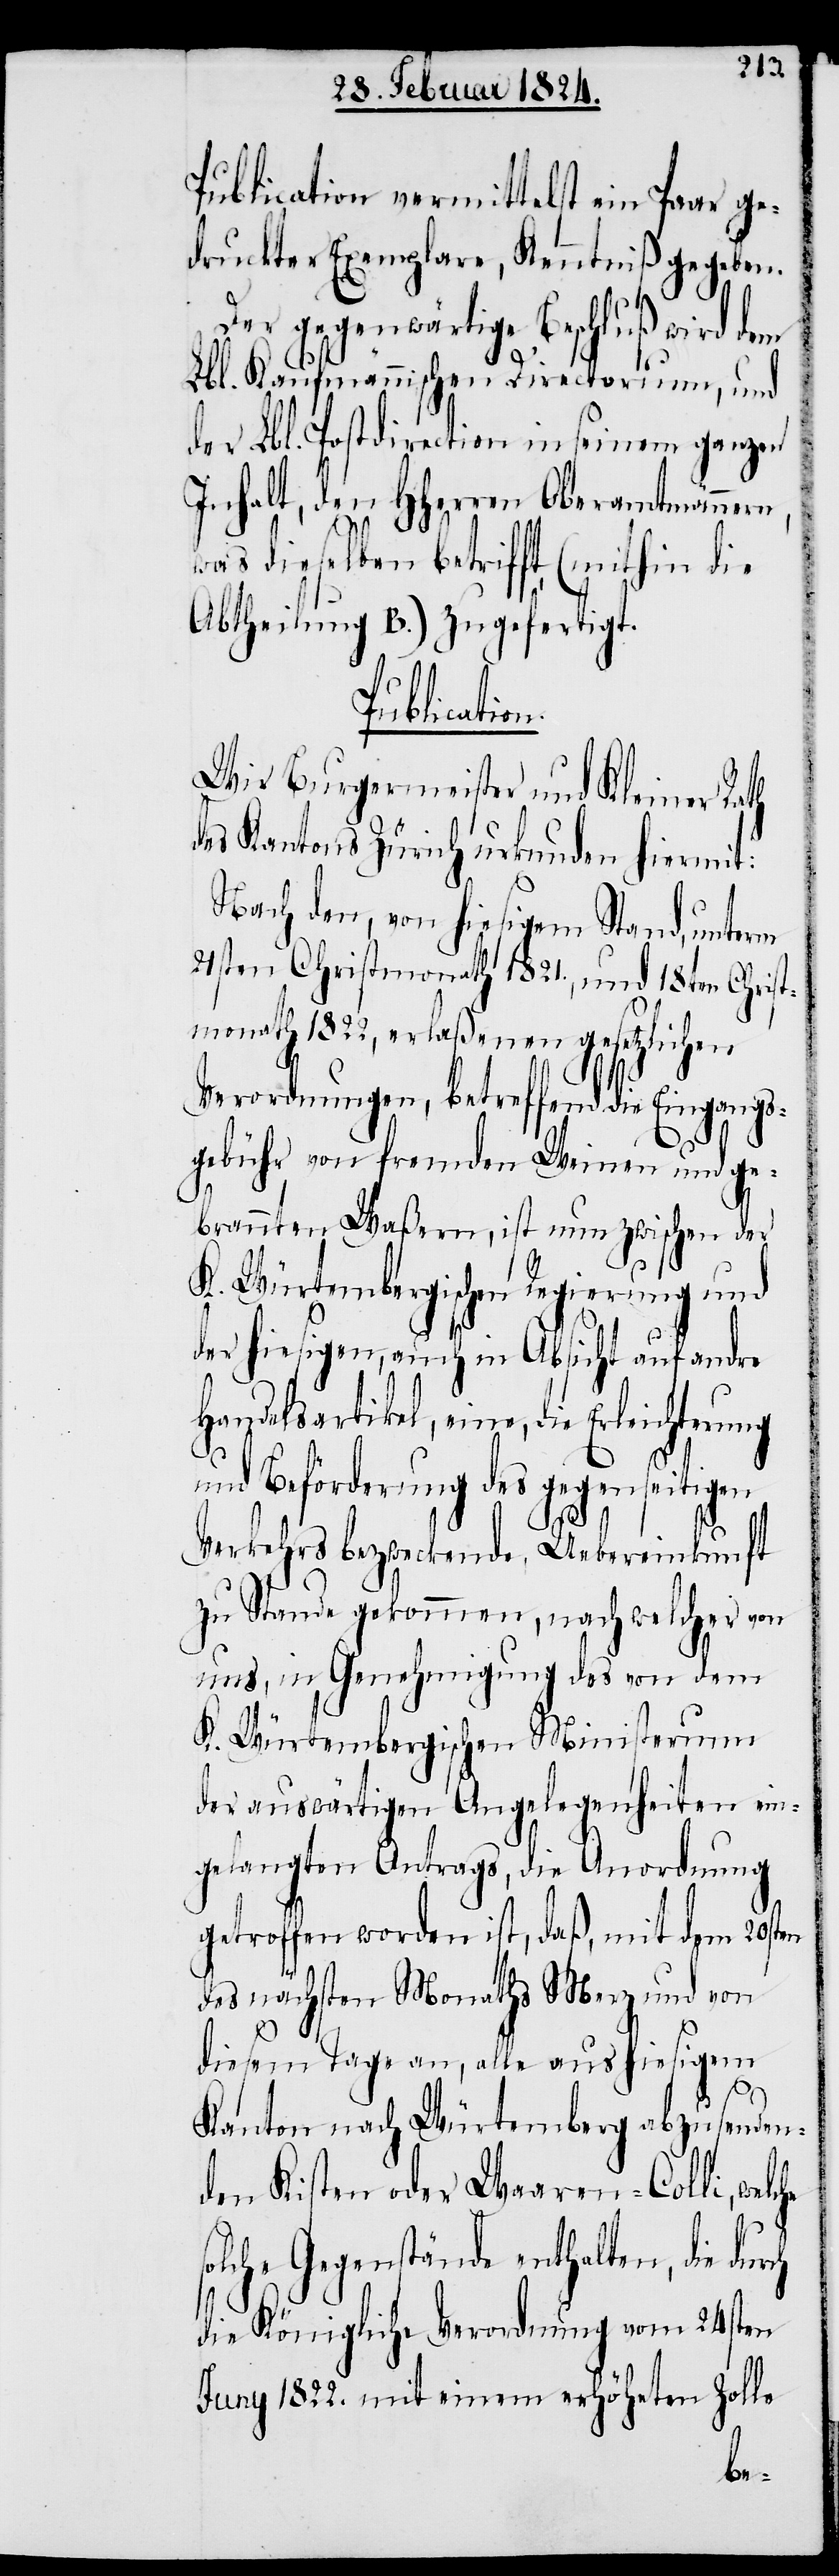
Publication vermittelst ein Paar ge¬
druckter Exemplare, Kenntniß gegeben.
s¬
Der gegenwärtige Beschluß wird dem
Lbl. Kaufmännischen Directorium, und
der Lbl. Postdirection in seinem ganzen
Inhalt, den HHerren Oberamtmännern,
was dieselben betrifft (mithin die
Abtheilung B.) zugefertigt.
Publication.
Wir Burgermeister und Kleiner Rath
des Kantons Zürich urkunden hiermit:
Nach den, von hiesigem Stand, unterm
21sten Christmonath 1821., und 18ten Christ¬
monath 1822, erlaßenen gesetzlichen
Verordnungen, betreffend die Eingangs¬
gebühr von fremden Weinen und ge¬
brannten Waßern, ist nun zwischen der
K. Würtembergischen Regierung und
der hiesigen, auch in Absicht auf andre
Handelsartikel, eine, die Erleichter¬
und Beförderung des gegenseitigen
Verkehrs bezweckende, Uebereinkunft
zu Stande gekommen, nach welcher von
uns, in Genehmigung des von dem
K. Würtembergischen Ministerium
der auswärtigen Angelegenheiten ein¬
gelangten Antrags, die Anordnung
getroffen worden ist, daß, mit dem 20sten
des nächsten Monaths Merz und von
diesem Tage an, alle aus hiesigem
Kanton nach Würtemberg abzusenden¬
den Kisten oder Waaren-Colli, welche
olche Gegenstände enthalten, die
die Königliche Verordnung vom 24sten
Juny 1822. mit einem erhöheten Zolle